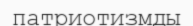
патриотизмды